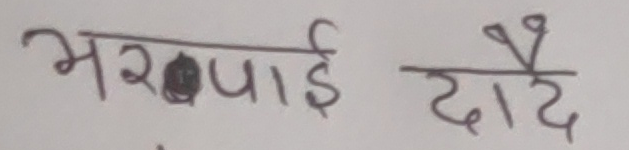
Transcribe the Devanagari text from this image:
भरपाई दै